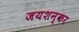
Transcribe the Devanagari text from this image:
जयशन्कर